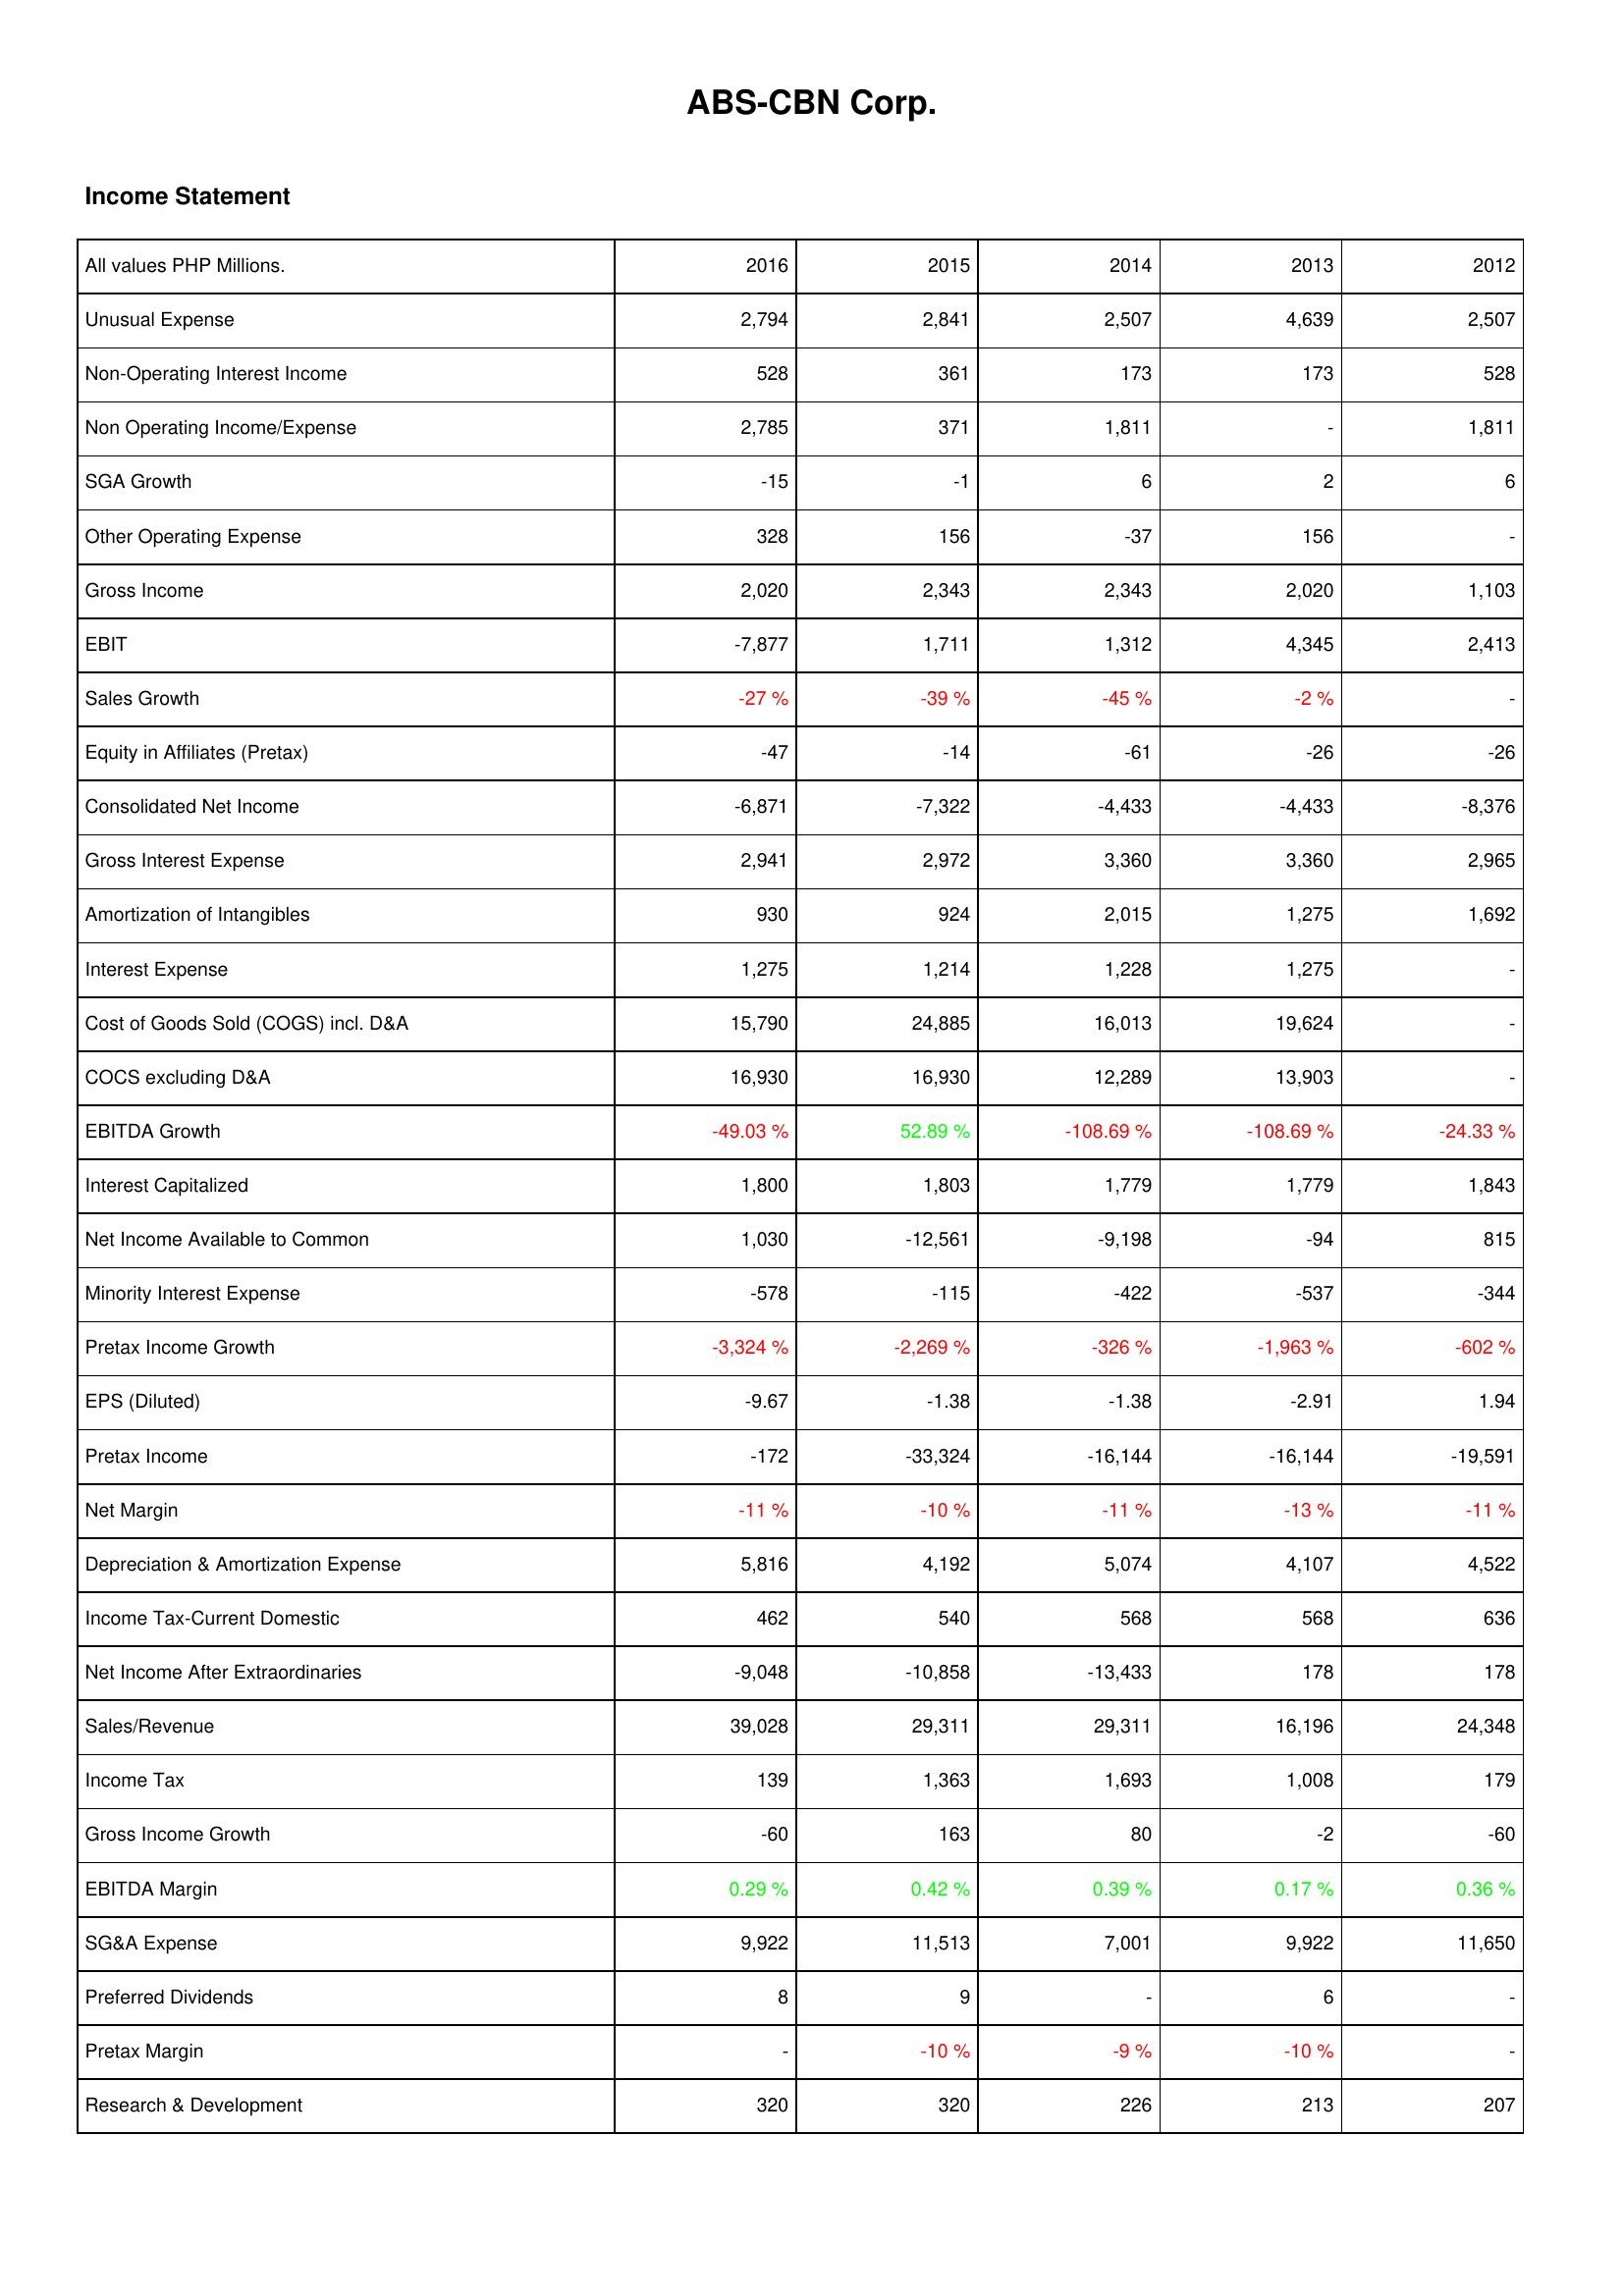
2016: Income Statement: Unusual Expense: 2,794
Non-Operating Interest Income: 528
Non Operating Income/Expense: 2,785
SGA Growth: -15
Other Operating Expense: 328
Gross Income: 2,020
EBIT: -7,877
Sales Growth: -27 %
Equity in Affiliates (Pretax): -47
Consolidated Net Income: -6,871
Gross Interest Expense: 2,941
Amortization of Intangibles: 930
Interest Expense: 1,275
Cost of Goods Sold (COGS) incl. D&A: 15,790
COCS excluding D&A: 16,930
EBITDA Growth: -49.03 %
Interest Capitalized: 1,800
Net Income Available to Common: 1,030
Minority Interest Expense: -578
Pretax Income Growth: -3,324 %
EPS (Diluted): -9.67
Pretax Income: -172
Net Margin: -11 %
Depreciation & Amortization Expense: 5,816
Income Tax-Current Domestic: 462
Net Income After Extraordinaries: -9,048
Sales/Revenue: 39,028
Income Tax: 139
Gross Income Growth: -60
EBITDA Margin: 0.29 %
SG&A Expense: 9,922
Preferred Dividends: 8
Pretax Margin: -
Research & Development: 320
2015: Income Statement: Unusual Expense: 2,841
Non-Operating Interest Income: 361
Non Operating Income/Expense: 371
SGA Growth: -1
Other Operating Expense: 156
Gross Income: 2,343
EBIT: 1,711
Sales Growth: -39 %
Equity in Affiliates (Pretax): -14
Consolidated Net Income: -7,322
Gross Interest Expense: 2,972
Amortization of Intangibles: 924
Interest Expense: 1,214
Cost of Goods Sold (COGS) incl. D&A: 24,885
COCS excluding D&A: 16,930
EBITDA Growth: 52.89 %
Interest Capitalized: 1,803
Net Income Available to Common: -12,561
Minority Interest Expense: -115
Pretax Income Growth: -2,269 %
EPS (Diluted): -1.38
Pretax Income: -33,324
Net Margin: -10 %
Depreciation & Amortization Expense: 4,192
Income Tax-Current Domestic: 540
Net Income After Extraordinaries: -10,858
Sales/Revenue: 29,311
Income Tax: 1,363
Gross Income Growth: 163
EBITDA Margin: 0.42 %
SG&A Expense: 11,513
Preferred Dividends: 9
Pretax Margin: -10 %
Research & Development: 320
2014: Income Statement: Unusual Expense: 2,507
Non-Operating Interest Income: 173
Non Operating Income/Expense: 1,811
SGA Growth: 6
Other Operating Expense: -37
Gross Income: 2,343
EBIT: 1,312
Sales Growth: -45 %
Equity in Affiliates (Pretax): -61
Consolidated Net Income: -4,433
Gross Interest Expense: 3,360
Amortization of Intangibles: 2,015
Interest Expense: 1,228
Cost of Goods Sold (COGS) incl. D&A: 16,013
COCS excluding D&A: 12,289
EBITDA Growth: -108.69 %
Interest Capitalized: 1,779
Net Income Available to Common: -9,198
Minority Interest Expense: -422
Pretax Income Growth: -326 %
EPS (Diluted): -1.38
Pretax Income: -16,144
Net Margin: -11 %
Depreciation & Amortization Expense: 5,074
Income Tax-Current Domestic: 568
Net Income After Extraordinaries: -13,433
Sales/Revenue: 29,311
Income Tax: 1,693
Gross Income Growth: 80
EBITDA Margin: 0.39 %
SG&A Expense: 7,001
Preferred Dividends: -
Pretax Margin: -9 %
Research & Development: 226
2013: Income Statement: Unusual Expense: 4,639
Non-Operating Interest Income: 173
Non Operating Income/Expense: -
SGA Growth: 2
Other Operating Expense: 156
Gross Income: 2,020
EBIT: 4,345
Sales Growth: -2 %
Equity in Affiliates (Pretax): -26
Consolidated Net Income: -4,433
Gross Interest Expense: 3,360
Amortization of Intangibles: 1,275
Interest Expense: 1,275
Cost of Goods Sold (COGS) incl. D&A: 19,624
COCS excluding D&A: 13,903
EBITDA Growth: -108.69 %
Interest Capitalized: 1,779
Net Income Available to Common: -94
Minority Interest Expense: -537
Pretax Income Growth: -1,963 %
EPS (Diluted): -2.91
Pretax Income: -16,144
Net Margin: -13 %
Depreciation & Amortization Expense: 4,107
Income Tax-Current Domestic: 568
Net Income After Extraordinaries: 178
Sales/Revenue: 16,196
Income Tax: 1,008
Gross Income Growth: -2
EBITDA Margin: 0.17 %
SG&A Expense: 9,922
Preferred Dividends: 6
Pretax Margin: -10 %
Research & Development: 213
2012: Income Statement: Unusual Expense: 2,507
Non-Operating Interest Income: 528
Non Operating Income/Expense: 1,811
SGA Growth: 6
Other Operating Expense: -
Gross Income: 1,103
EBIT: 2,413
Sales Growth: -
Equity in Affiliates (Pretax): -26
Consolidated Net Income: -8,376
Gross Interest Expense: 2,965
Amortization of Intangibles: 1,692
Interest Expense: -
Cost of Goods Sold (COGS) incl. D&A: -
COCS excluding D&A: -
EBITDA Growth: -24.33 %
Interest Capitalized: 1,843
Net Income Available to Common: 815
Minority Interest Expense: -344
Pretax Income Growth: -602 %
EPS (Diluted): 1.94
Pretax Income: -19,591
Net Margin: -11 %
Depreciation & Amortization Expense: 4,522
Income Tax-Current Domestic: 636
Net Income After Extraordinaries: 178
Sales/Revenue: 24,348
Income Tax: 179
Gross Income Growth: -60
EBITDA Margin: 0.36 %
SG&A Expense: 11,650
Preferred Dividends: -
Pretax Margin: -
Research & Development: 207